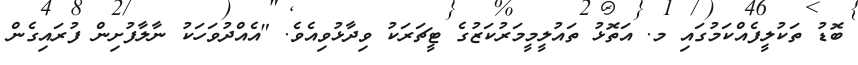
ބޮޑު ތަކުލީފެއްކަމުގައި މ. އަތޮޅު ތައުލީމީމަރުކަޒުގެ ޓީޗަރަކު ވިދާޅުވިއެވެ. "އެއްދުވަހަކު ނާލާފުށިން ފުރައިގެން